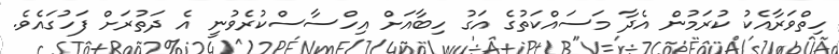
ހިތްވަރާއެކު ކުރަމުން އެދާ މަސައްކަތުގެ އަގު ހިބާއަށް އިހްސާސްކުރެވުނީ އެ ދަތުރަށް ފަހުގައެވެ.